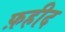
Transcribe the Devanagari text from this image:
फ़हीद